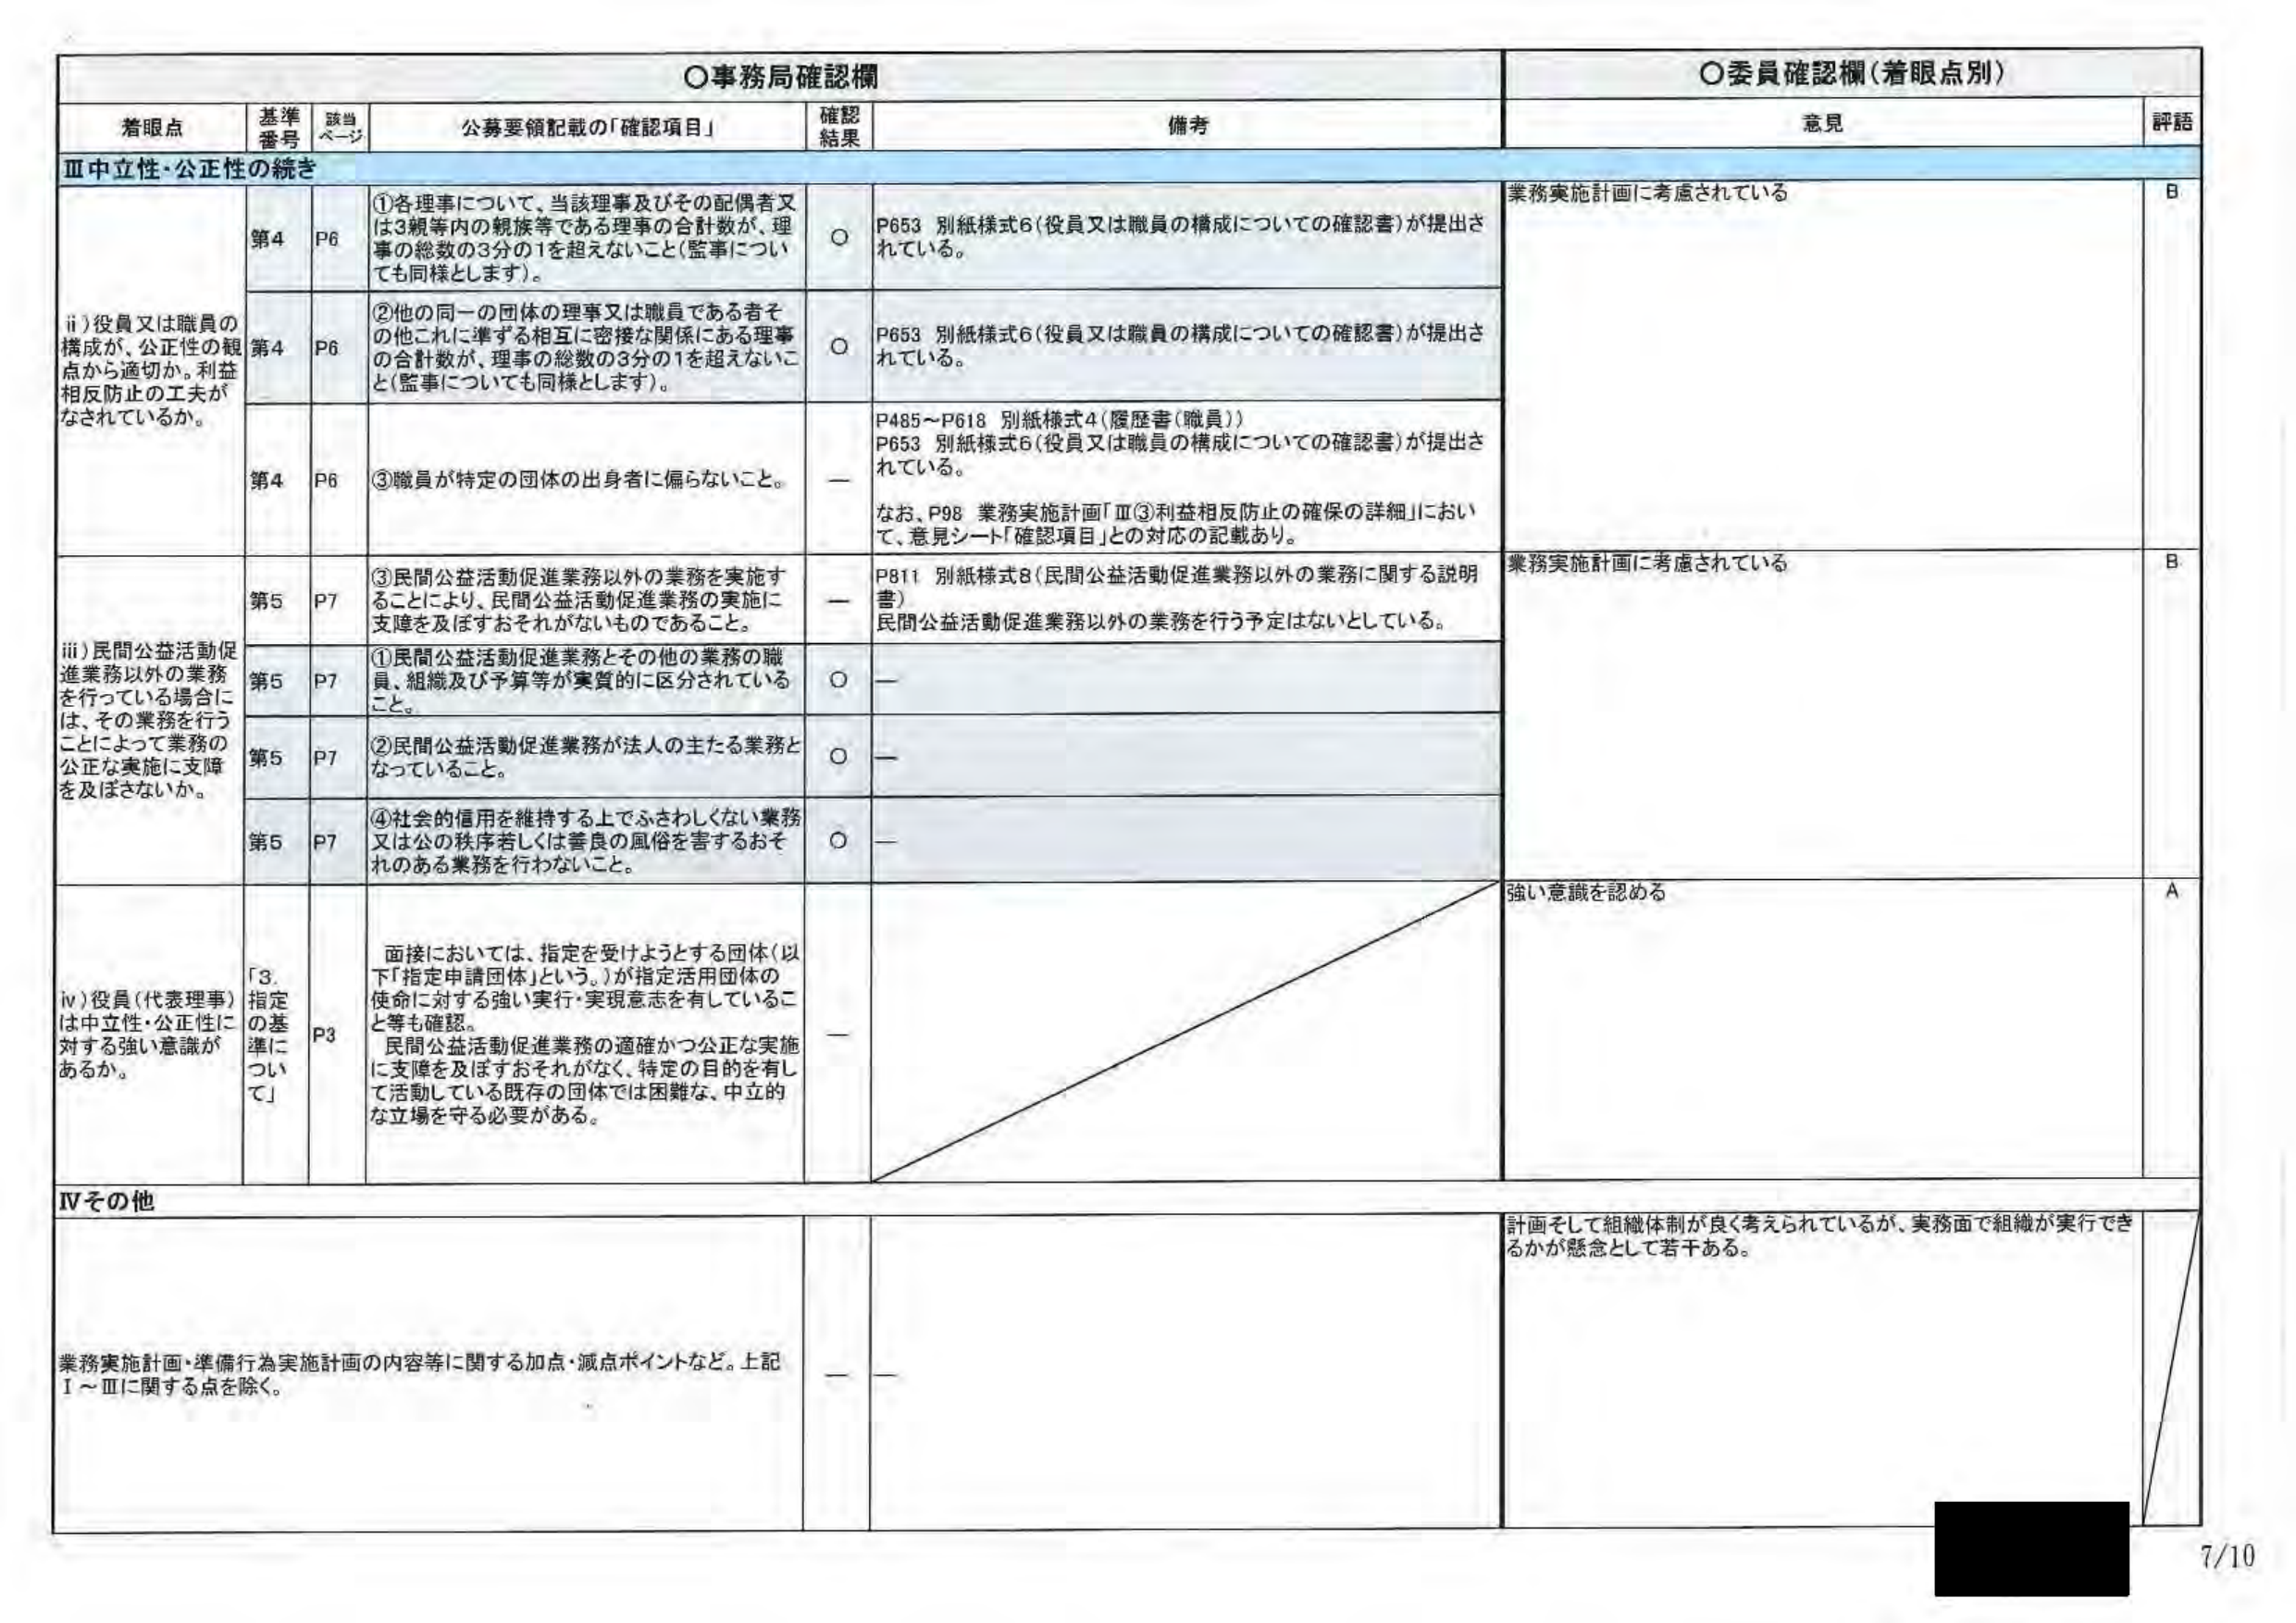
〇事務局確認欄
〇委員確認欄（着眼点別）

着眼点　　基準番号　該当ページ　公募要領記載の「確認項目」　確認結果　備考　　意見　　評語

Ⅲ中立性・公正性の続き

ii）役員又は職員の構成が、公正性の観点から適切か。利益相反防止の工夫がなされているか。

第4　P6　①各理事について、当該理事及びその配偶者又は3親等内の親族等である理事の合計数が、理事の総数の3分の1を超えないこと（監事についても同様とします）。　○　P653 別紙様式6（役員又は職員の構成についての確認書）が提出されている。　業務実施計画に考慮されている　B

第4　P6　②他の同一の団体の理事又は職員である者その他これに準ずる相互に密接な関係にある理事の合計数が、理事の総数の3分の1を超えないこと（監事についても同様とします）。　○　P653 別紙様式6（役員又は職員の構成についての確認書）が提出されている。

第4　P6　③職員が特定の団体の出身者に偏らないこと。　ー　P485～P618 別紙様式4（履歴書（職員）） P653 別紙様式6（役員又は職員の構成についての確認書）が提出されている。 なお、P98 業務実施計画「Ⅲ③利益相反防止の確保の詳細」において、意見シート「確認項目」との対応の記載あり。

iii）民間公益活動促進業務以外の業務を行っている場合には、その業務を行うことによって業務の公正な実施に支障を及ぼさないか。

第5　P7　③民間公益活動促進業務以外の業務を実施することにより、民間公益活動促進業務の実施に支障を及ぼすおそれがないものであること。　ー　P811 別紙様式8（民間公益活動促進業務以外の業務に関する説明書） 民間公益活動促進業務以外の業務を行う予定はないとしている。　業務実施計画に考慮されている　B

第5　P7　①民間公益活動促進業務とその他の業務の職員、組織及び予算等が実質的に区分されていること。　○　ー

第5　P7　②民間公益活動促進業務が法人の主たる業務となっていること。　○　ー

第5　P7　④社会的信用を維持する上でふさわしくない業務又は公の秩序若しくは善良の風俗を害するおそれのある業務を行わないこと。　○　ー

iv）役員（代表理事）は中立性・公正性に対する強い意識があるか。

「3. 指定の基準について」　P3　面接においては、指定を受けようとする団体（以下「指定申請団体」という。）が指定活用団体の使命に対する強い実行・実現意志を有していること等も確認。 民間公益活動促進業務の適確かつ公正な実施に支障を及ぼすおそれがない、特定の目的を有して活動している既存の団体では困難な、中立的な立場を守る必要がある。　ー　強い意識を認める　A

Ⅳその他

業務実施計画・準備行為実施計画の内容等に関する加点・減点ポイントなど。上記Ⅰ～Ⅲに関する点を除く。　ー　ー　計画そして組織体制が良く考えられているが、実務面で組織が実行できるかが懸念として若干ある。

7/10